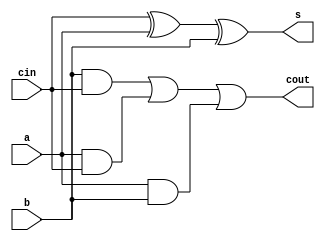
module full_Adder(a,b,cin,s,cout);
    input wire a, b, cin;
//cin is the initial carry which is set to 0.
	output wire s, cout;

//assigning 's' as : cin XOR a XOR b
	assign s = cin ^ a ^ b;

//assigning 'cout' 
	assign cout = (b & cin) | (a & cin) | (a & b); 
endmodule